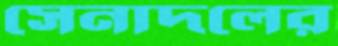
সেনাদলের